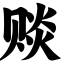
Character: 赕